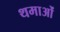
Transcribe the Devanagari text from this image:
थमाओं